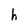
Character: h